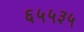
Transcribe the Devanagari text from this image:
६५५३५